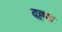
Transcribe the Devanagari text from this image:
दह्पा